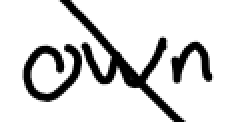
Text: own
Cross-out: diagonal
Writing tool: digital_black